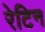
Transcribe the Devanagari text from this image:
रेटिन